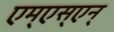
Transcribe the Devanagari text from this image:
एम्‌एस्‌एन्‌